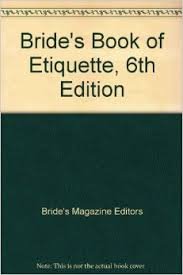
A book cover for Bride's Book of Etiquette, 6th Edition; Bride's Magazine Editors; Crafts, Hobbies & Home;